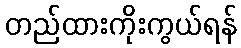
တည်ထားကိုးကွယ်ရန်